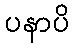
ပနာပိ